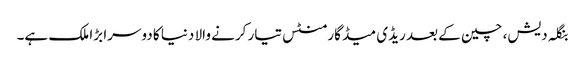
بنگلہ دیش، چین کے بعد ریڈی میڈ گارمنٹس تیار کرنے والا دنیا کا دوسرا بڑا ملک ہے۔